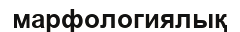
марфологиялық